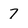
Character: 7